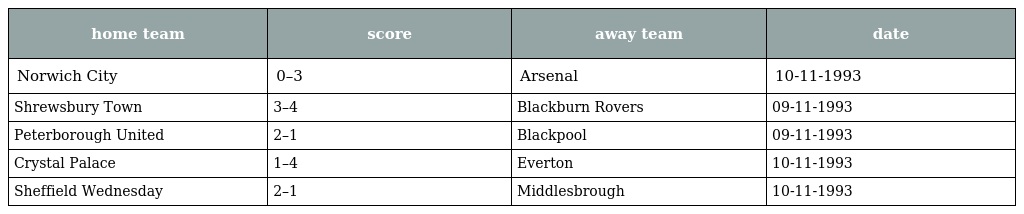
| home team | score | away team | date |
 | --- | --- | --- | --- |
 | Norwich City | 0–3 | Arsenal | 10-11-1993 |
 | Shrewsbury Town | 3–4 | Blackburn Rovers | 09-11-1993 |
 | Peterborough United | 2–1 | Blackpool | 09-11-1993 |
 | Crystal Palace | 1–4 | Everton | 10-11-1993 |
 | Sheffield Wednesday | 2–1 | Middlesbrough | 10-11-1993 |